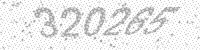
Solution: 320265